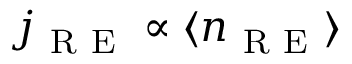
j _ { \mathrm { ~ R ~ E ~ } } \propto \langle n _ { \mathrm { ~ R ~ E ~ } } \rangle